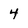
Character: 4